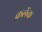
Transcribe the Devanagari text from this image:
कलेंक